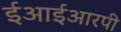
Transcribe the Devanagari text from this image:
ईआईआरपी